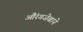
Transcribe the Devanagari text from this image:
औंरगजेबाने